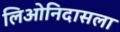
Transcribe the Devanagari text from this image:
लिओनिदासला